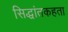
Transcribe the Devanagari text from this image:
सिद्धांतकहता